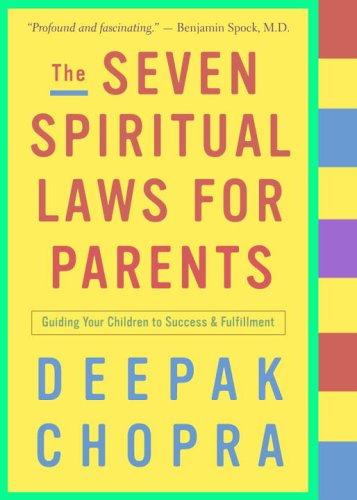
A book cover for The Seven Spiritual Laws for Parents: Guiding Your Children to Success and Fulfillment; Deepak Chopra; Religion & Spirituality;